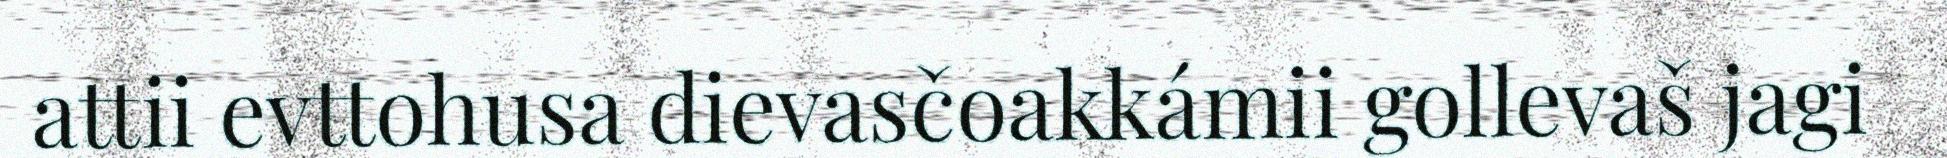
attii evttohusa dievasčoakkámii gollevaš jagi